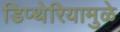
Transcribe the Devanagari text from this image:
डिप्थेरियामुळे